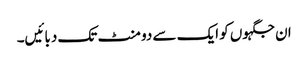
ان جگہوں کو ایک سے دو منٹ تک دبائیں۔